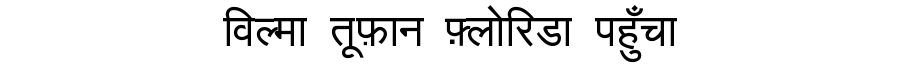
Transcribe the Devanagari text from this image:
विल्मा तूफ़ान फ़्लोरिडा पहुँचा